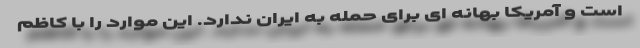
است و آمریکا بهانه ای برای حمله به ایران ندارد. این موارد را با کاظم